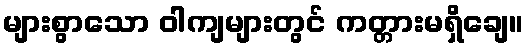
များစွာသော ဝါကျများတွင် ကတ္တားမရှိချေ။